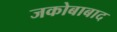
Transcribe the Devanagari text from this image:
जकोबाबाद